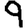
Digit: 9